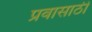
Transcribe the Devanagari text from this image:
प्रवासाठी